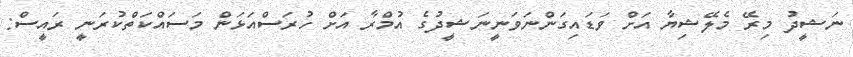
ނަޝީދު މިރޭ މެލޭޝިޔާ އަށް ވަޑައިގަންނަވަނީނަޝީދުގެ އުމްރާ އަށް ހުރަސްއަޅަން މަސައްކަތްކުރަނީ ރައީސް: